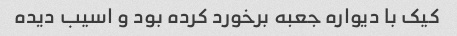
کیک با دیواره جعبه برخورد کرده بود و اسیب دیده